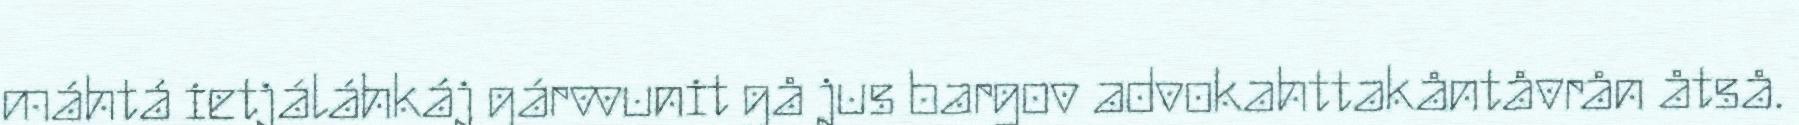
máhtá ietjáláhkáj gárvvunit gå jus bargov advokahttakåntåvrån åtså.